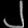
Digit: ၂